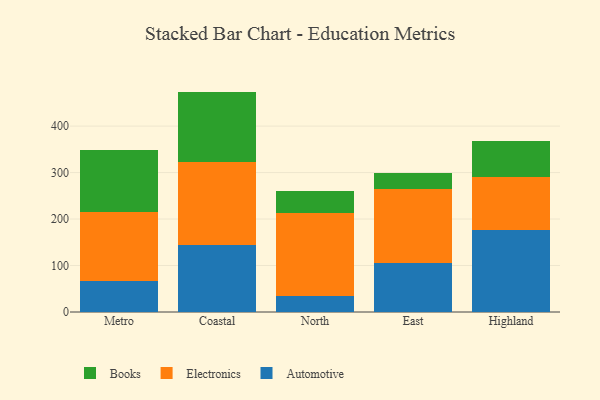
{"axis": {"x": "Region", "y": "Operating Costs (USD K)"}, "legend": ["Automotive", "Books", "Electronics"], "data": [{"x": "Metro", "y": 67.2, "type": "Automotive"}, {"x": "Metro", "y": 148.4, "type": "Electronics"}, {"x": "Metro", "y": 133.0, "type": "Books"}, {"x": "Coastal", "y": 144.5, "type": "Automotive"}, {"x": "Coastal", "y": 177.6, "type": "Electronics"}, {"x": "Coastal", "y": 152.1, "type": "Books"}, {"x": "North", "y": 35.4, "type": "Automotive"}, {"x": "North", "y": 178.2, "type": "Electronics"}, {"x": "North", "y": 47.8, "type": "Books"}, {"x": "East", "y": 104.6, "type": "Automotive"}, {"x": "East", "y": 159.5, "type": "Electronics"}, {"x": "East", "y": 34.3, "type": "Books"}, {"x": "Highland", "y": 176.4, "type": "Automotive"}, {"x": "Highland", "y": 114.3, "type": "Electronics"}, {"x": "Highland", "y": 78.2, "type": "Books"}]}